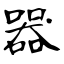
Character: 器